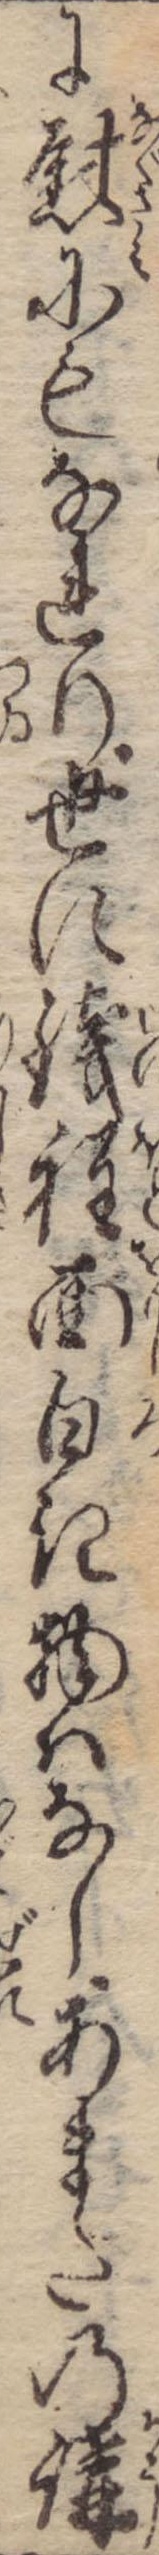
に慰にもなれり世に銭程面白き物はなしあまたの講